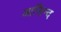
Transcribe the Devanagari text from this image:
आसिन्‍द